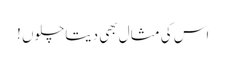
اس کی مثال بھی دیتاچلوں !